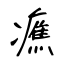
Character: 癄